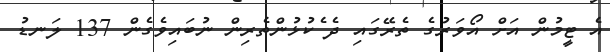
އެ ޓީމުން އަށް އޯވަރުގެ ތެރޭގައި ދެ ެކުޅުންތެރިން ނުބައިވެގެން 137 ލަނޑު